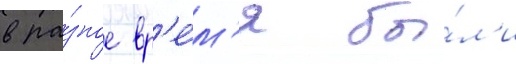
в ра́зное вр'е́м'я бы́л'и